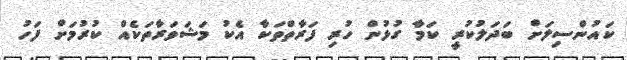
ކައުންސިލަށް ބަދަލުކުރީ ކަމާ ގުޅުން ހުރި ފަރާތްތަކާ އެކު މަޝަވަރާތަކެއް ކުރުމަށް ފަހު